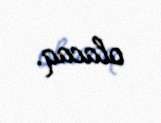
olacaq.